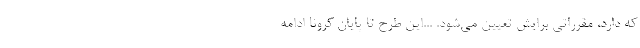
که دارد، مقرراتی برایش تعیین می‌شود. ...این طرح تا پایان کرونا ادامه